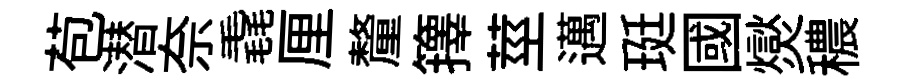
苞潜奈毳厘釐籜莖邁珽國爕穠